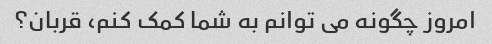
امروز چگونه می توانم به شما کمک کنم، قربان؟